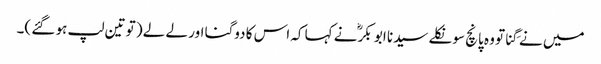
میں نے گِنا تو وہ پانچ سو نکلے سیدنا ابو بکرؓ نے کہا کہ اس کا دوگنا اور لے لے ( تو تین لپ ہو گئے )۔